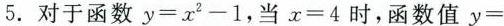
5.对于函数 $$y=x^{2}-1$$, 当x=4时，函数值y=